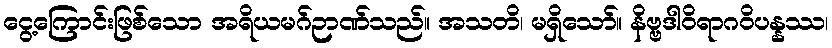
ငွေ့ကြောင်းဖြစ်သော အရိယမဂ်ဉာဏ်သည်။ အသတိ၊ မရှိသော်။ နိဗ္ဗဒါဝိရာဂဝိပန္နဿ၊